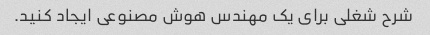
شرح شغلی برای یک مهندس هوش مصنوعی ایجاد کنید.